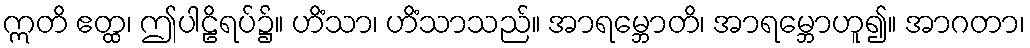
ဣတိ ဧတ္ထ၊ ဤပါဠိရပ်၌။ ဟိံသာ၊ ဟိံသာသည်။ အာရမ္ဘောတိ၊ အာရမ္ဘောဟူ၍။ အာဂတာ၊